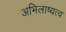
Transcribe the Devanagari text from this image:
अभिलाष्यत्व